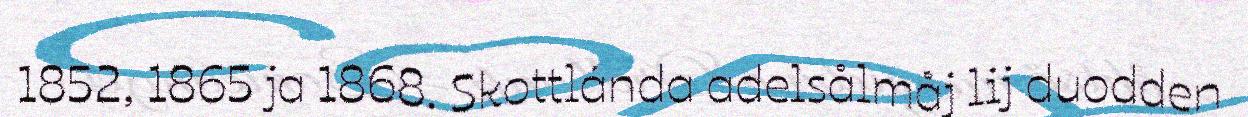
1852, 1865 ja 1868. Skottlánda adelsålmåj lij duodden